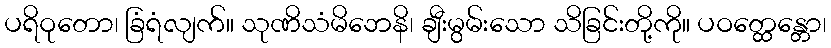
ပရိဝုတော၊ ခြံရံလျက်။ သုဏိသံမိဘေနိ၊ ချီးမွမ်းသော သိခြင်းတို့ကို။ ပဝတ္ထေန္တော၊